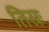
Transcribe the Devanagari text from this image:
तिस्रः